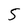
Character: 5